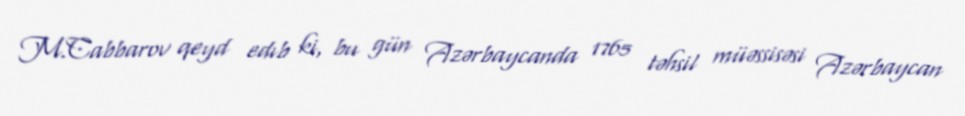
M.Cabbarov qeyd edıb ki, bu gün Azərbaycanda 1765 təhsil müəssisəsi Azərbaycan